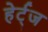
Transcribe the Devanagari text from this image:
हेर्ट्ज